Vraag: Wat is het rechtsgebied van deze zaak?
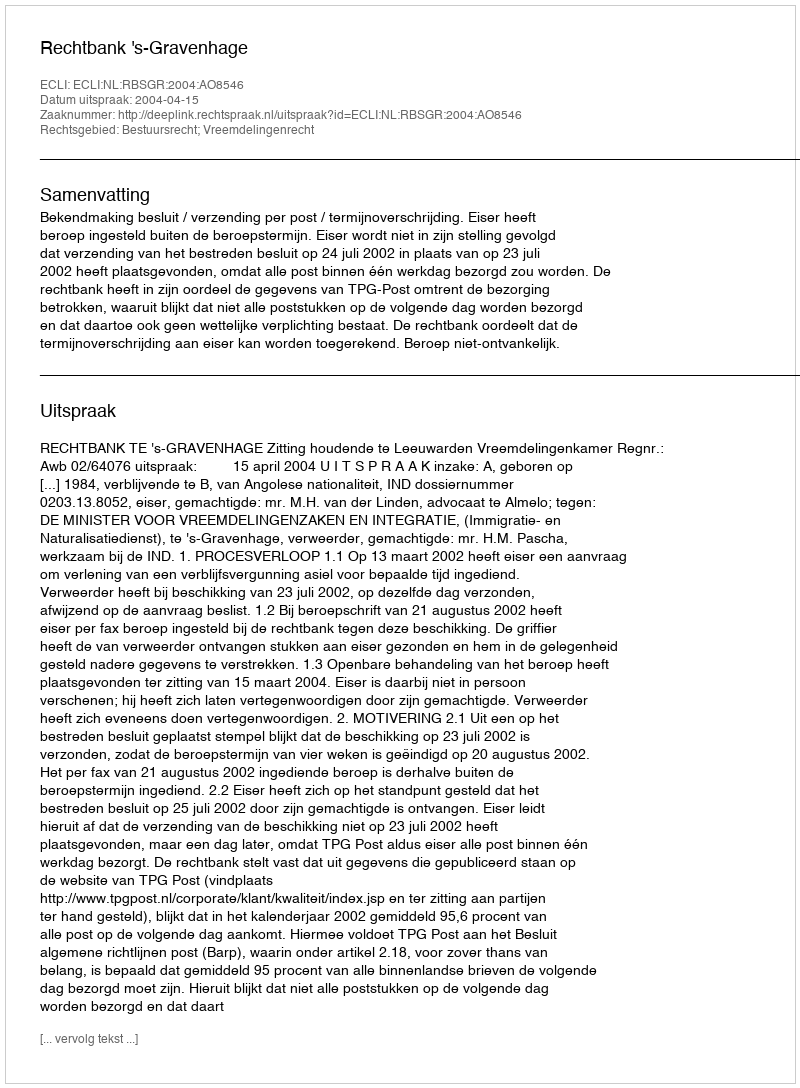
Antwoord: Bestuursrecht; Vreemdelingenrecht